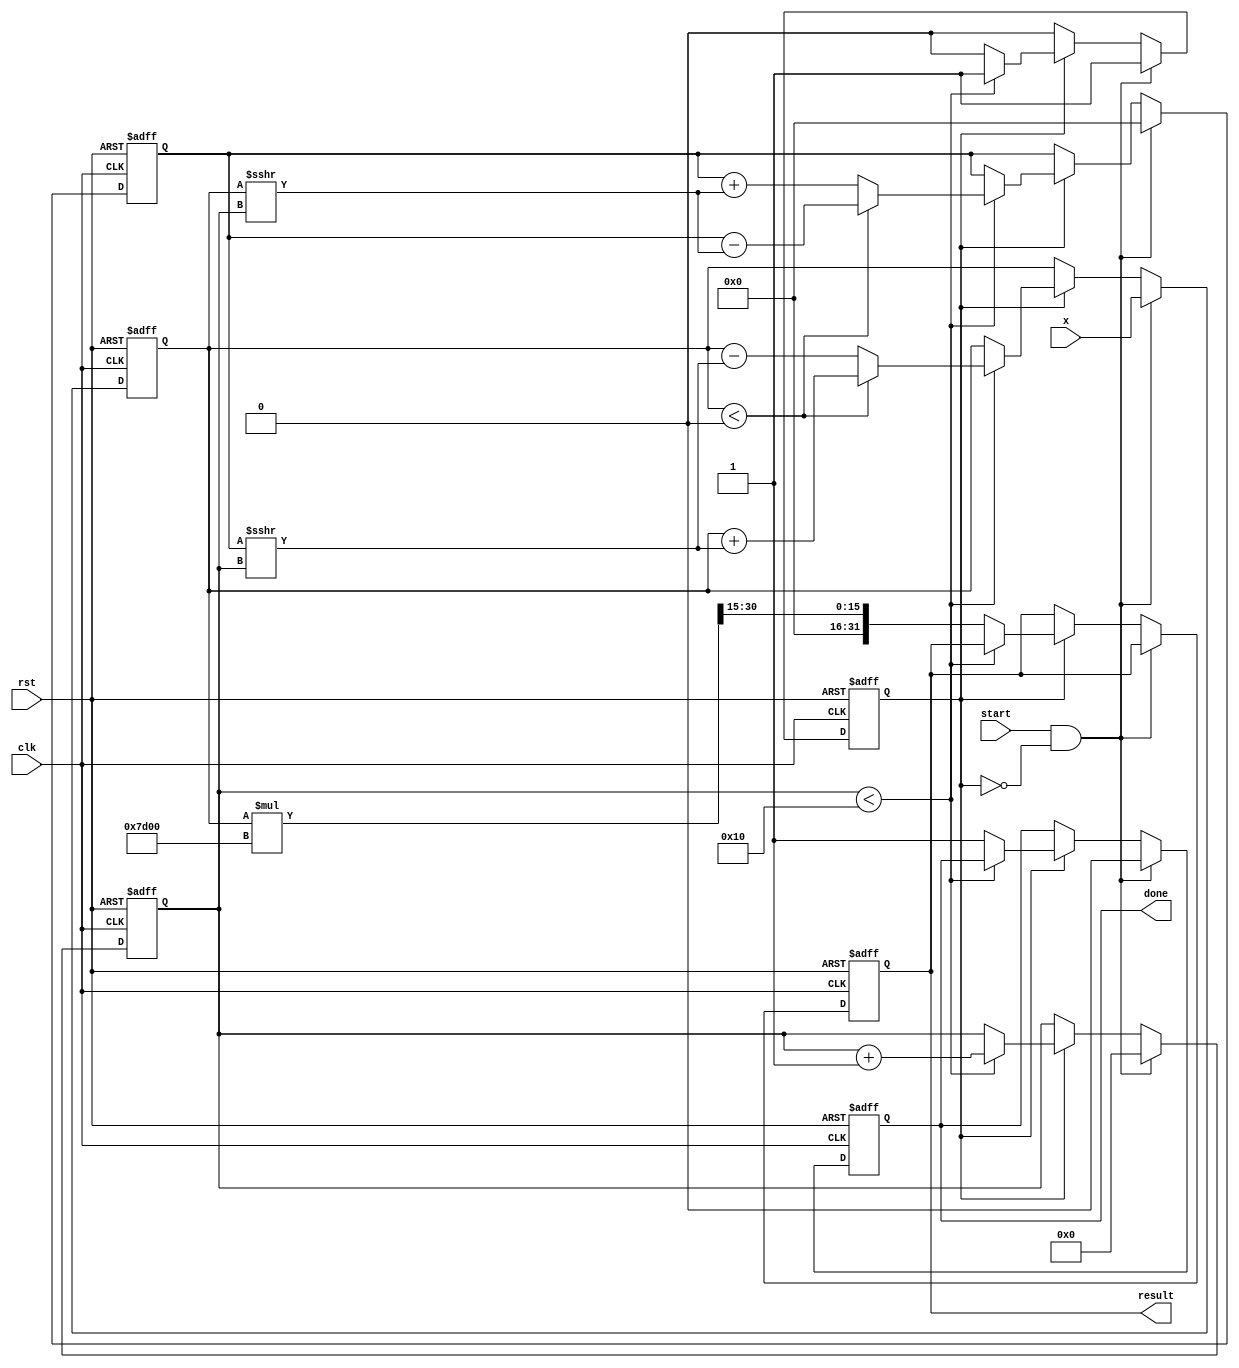
module cordic_exponential (
    input wire clk,
    input wire rst,
    input wire start,
    input wire [15:0] x, // Input exponent (fixed-point representation)
    output reg [31:0] result, // Output result (fixed-point representation)
    output reg done // Status signal
);

    parameter N = 16; // Number of iterations
    parameter K = 32000; // Scaling factor (fixed-point representation for 2^k)

    // Lookup table for arctangent values (fixed-point representation)
    reg [15:0] atan_table [0:N-1];

    // Internal Registers
    reg [15:0] x_reg, y_reg;
    reg [3:0] iteration;
    reg calculating;

    // Initialize the arctangent lookup table
    initial begin
        atan_table[0] = 16'd16384; // atan(1) = /4 in fixed-point
        atan_table[1] = 16'd8807;  // atan(0.5) in fixed-point
        atan_table[2] = 16'd4634;  // atan(0.25) in fixed-point
        // ... Fill in the rest of the table ...
        atan_table[3] = 16'd2459;  
        atan_table[4] = 16'd1249;  
        atan_table[5] = 16'd634;   
        atan_table[6] = 16'd318;   
        atan_table[7] = 16'd159;   
        atan_table[8] = 16'd79;    
        atan_table[9] = 16'd39;    
        atan_table[10] = 16'd20;   
        atan_table[11] = 16'd10;   
        atan_table[12] = 16'd5;    
        atan_table[13] = 16'd3;    
        atan_table[14] = 16'd1;    
        atan_table[15] = 16'd1;    
    end

    // State Machine for CORDIC calculations
    always @(posedge clk or posedge rst) begin
        if (rst) begin
            iteration <= 0;
            x_reg <= 0;
            y_reg <= 0;
            result <= 0;
            done <= 0;
            calculating <= 0;
        end else if (start && !calculating) begin
            // Start calculation
            x_reg <= x; // Load input
            y_reg <= 0; // Initial y value
            iteration <= 0;
            calculating <= 1;
            done <= 0;
        end else if (calculating) begin
            if (iteration < N) begin
                // CORDIC rotation calculations
                if (x_reg < 0) begin
                    x_reg <= x_reg + (y_reg >>> iteration); // x' = x + y * D
                    y_reg <= y_reg - (x_reg >>> iteration); // y' = y - x * D
                end else begin
                    x_reg <= x_reg - (y_reg >>> iteration); // x' = x - y * D
                    y_reg <= y_reg + (x_reg >>> iteration); // y' = y + x * D
                end

                iteration <= iteration + 1; // Increment iteration
            end else begin
                // Final result calculation
                result <= (x_reg * K) >>> 15; // Scale result
                done <= 1; // Signal completion
                calculating <= 0; // Reset calculating state
            end
        end
    end

endmodule